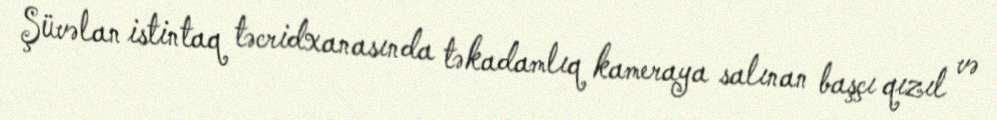
Şüvəlan istintaq təcridxanasında təkadamlıq kameraya salınan başçı qızıl və